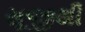
સૂજીથી